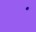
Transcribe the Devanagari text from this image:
ॱ